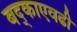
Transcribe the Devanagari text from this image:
बद्काएवढी